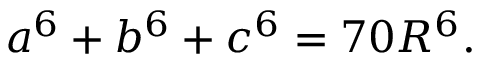
a ^ { 6 } + b ^ { 6 } + c ^ { 6 } = 7 0 R ^ { 6 } .